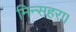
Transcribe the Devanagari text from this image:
मिन्सहरा।